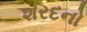
શરદનો